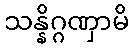
သန္နိဂ္ဂဏှာမိ